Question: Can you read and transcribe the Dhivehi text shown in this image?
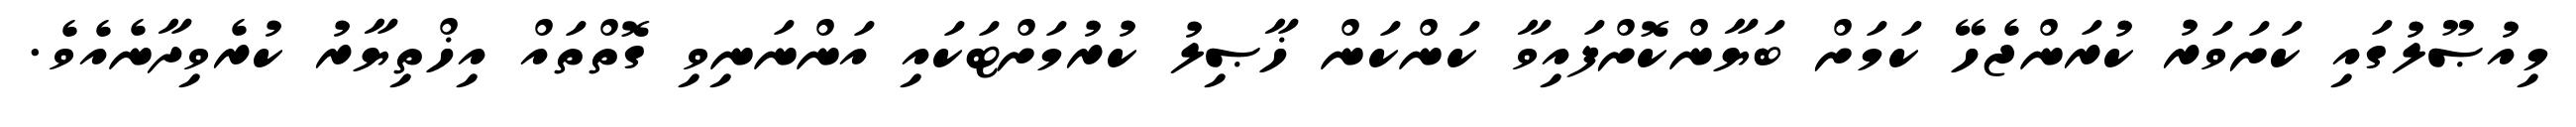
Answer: މިއުޞޫލުގައި ކަށަވަރު ކުރަންޖެހޭ ކަމަށް ބަޔާންކޮށްފައިވާ ކަންކަން ޚާޞިލު ކުރުމަށްޓަކައި އަންނަނިވި ގޮތްތައް އިޚްތިޔާރު ކުރެވިދާނެއެވެ.